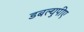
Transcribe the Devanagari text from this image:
डबल्युपीए